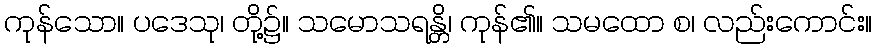
ကုန်သော။ ပဒေသု၊ တို့၌။ သမောသရန္တိ၊ ကုန်၏။ သမထော စ၊ လည်းကောင်း။